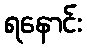
ရနောင်း